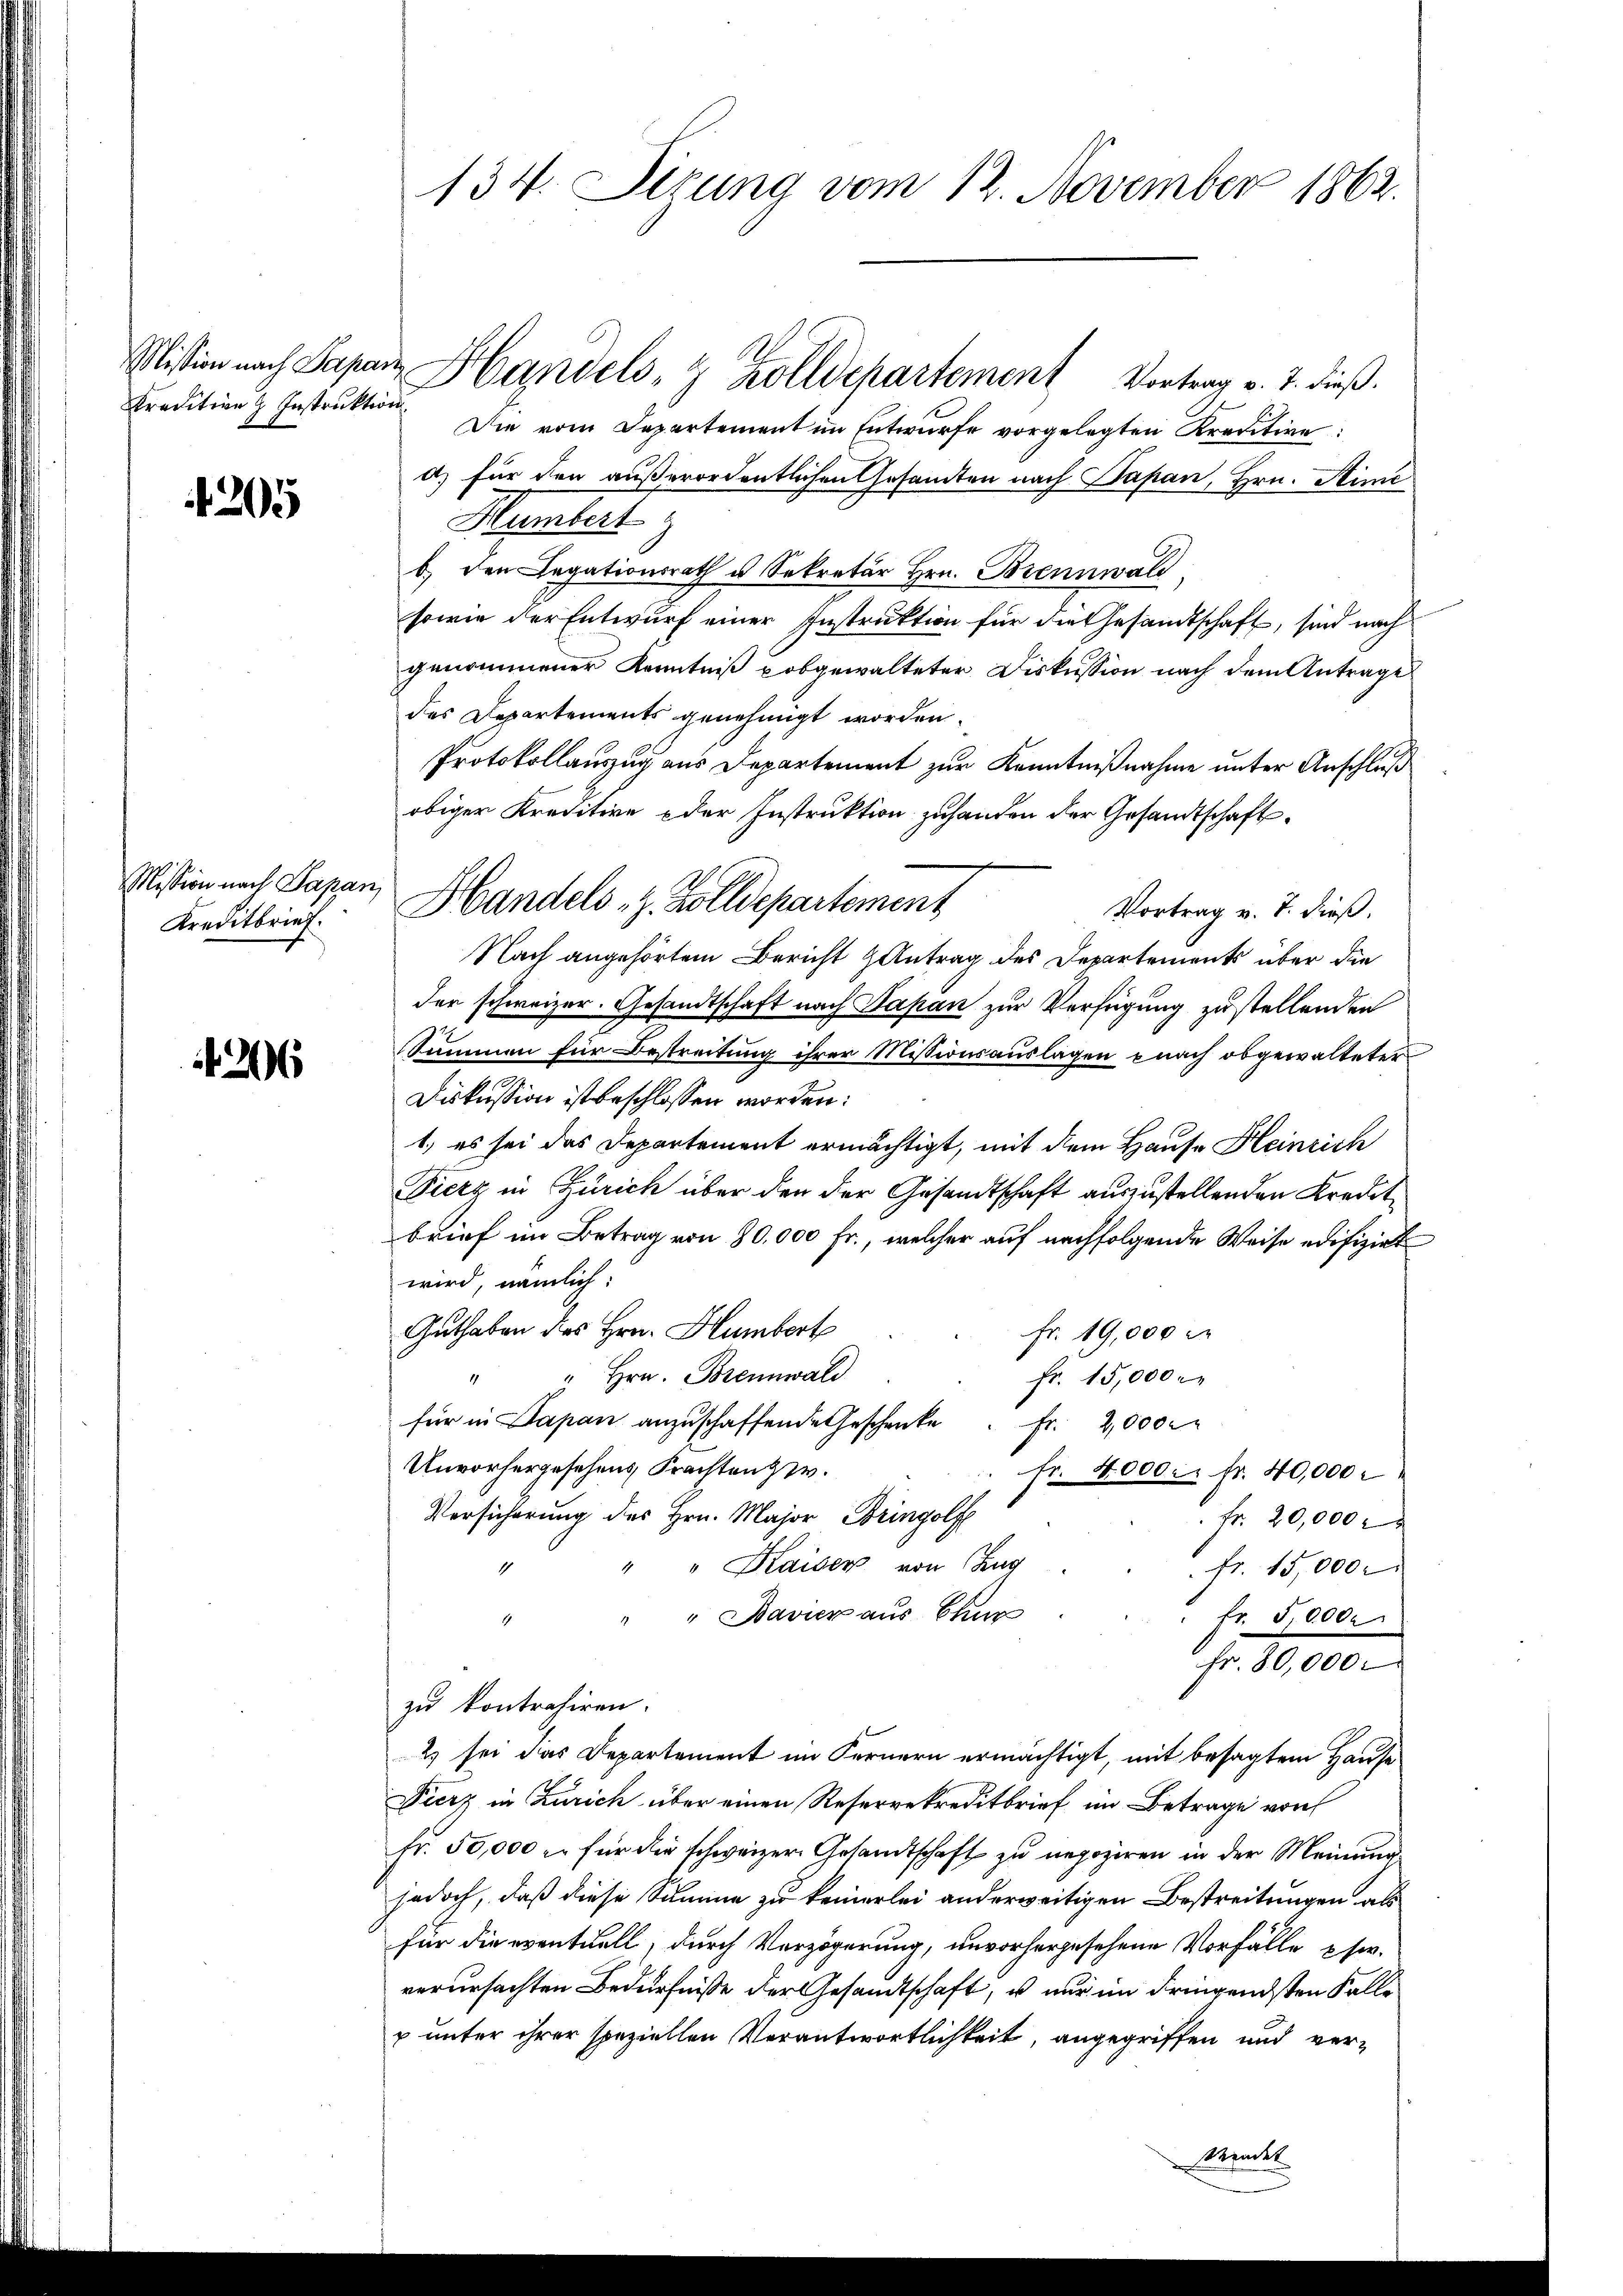
Pradition Instruktion

305

Mission nach Papar
Kreditbrief.

206

134. Situng vom 12. November 1862.

Mission nach Papan Handels- & Zolldepartement Vortrag v. 7. dieß.
Die vom Departement im Entwurfe vorgelegten Kreditive
d) für den außerordentlichen Gesamten nach Papan, Hrn. Sime
Humbert
b. den Legationsrath u. Sekretär Hrn. Brennwald
sowie der Entwurf einer Instruktion für die Gesandtschaft, sind nach
genommener Kenntniß pobgewalteter Diskussion nach dem Antrage
des Departements genehmigt worden.
Protokollauszug aus Departement zur Kenntnißnahme unter Anschluß
obiger Kreditire oder Instruktion zuhanden der Gesandtschaft
Vortrag v. 7. dieß.
Nach angehörtem Bericht Antrag des Departements über die
der schweizer. Gesandtschaft nach Papan zur Verfügung zu stellenden
Summen für Bestreitung ihrer Missionsauslagen nach obgewalteter
Diskussion ist beschlossen worden:
1. es sei das Departement ermächtigt, mit dem Hause Heinrich
Fierz in Zürich über den der Gesandtschaft auszustellenden Kredit
brief im Betrag von 80,000 Fr., welcher auf nachfolgende Weise edifizirt
wird, nämlich:
Guthaben des Hrn. Humbert
Fr. 19,000 d
" " Hrn. Brennwald
fr. 15,000 M.
für in Papan anzuschaffende Geschenke. Fr. 2,000
Unvorhergesehens Frachten zw.
fr. 40000 fr. 40,000
Versicherung des Hrn. Major Bringolf
Fr. 20,000
" " Kaiser von Zug
1
fr. 15,000
" " Bavier aus Chur
" fr. 5,000.
Fr. 80,000
zu kontrahiren.
2) sei das Departement im Fernern ermächtigt, mit besagtem Hause
Fierz in Zürich über einen Reservekreditbrief im Betrage von
Fr. 50,000 u. für die schweizer Gesandtschaft zu negoziren in der Meinung
jedoch, daß diese Summe zu keinerlei anderweitigen Bestreitungen als
für die eventuell, durch Verzögerung, unvorhergesehene Vorfälle usw.
verursachten Bedürfniße der Gesandtschaft, u nur im dringendsten Falle
p unter ihrer speziellen Verantwortlichkeit, angegriffen und verstandet

u Handels z. Zolldepartement